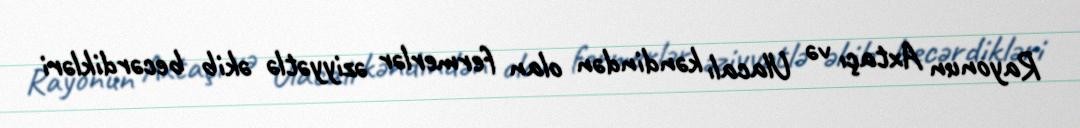
Rayonun Axtaçı və Ulacalı kəndindən olan fermerlər əziyyətlə əkib becərdikləri